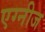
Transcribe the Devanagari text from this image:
एग्नीज